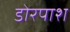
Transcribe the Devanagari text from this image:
डोरपाश